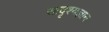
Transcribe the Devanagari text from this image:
सादृश्यज्ञान